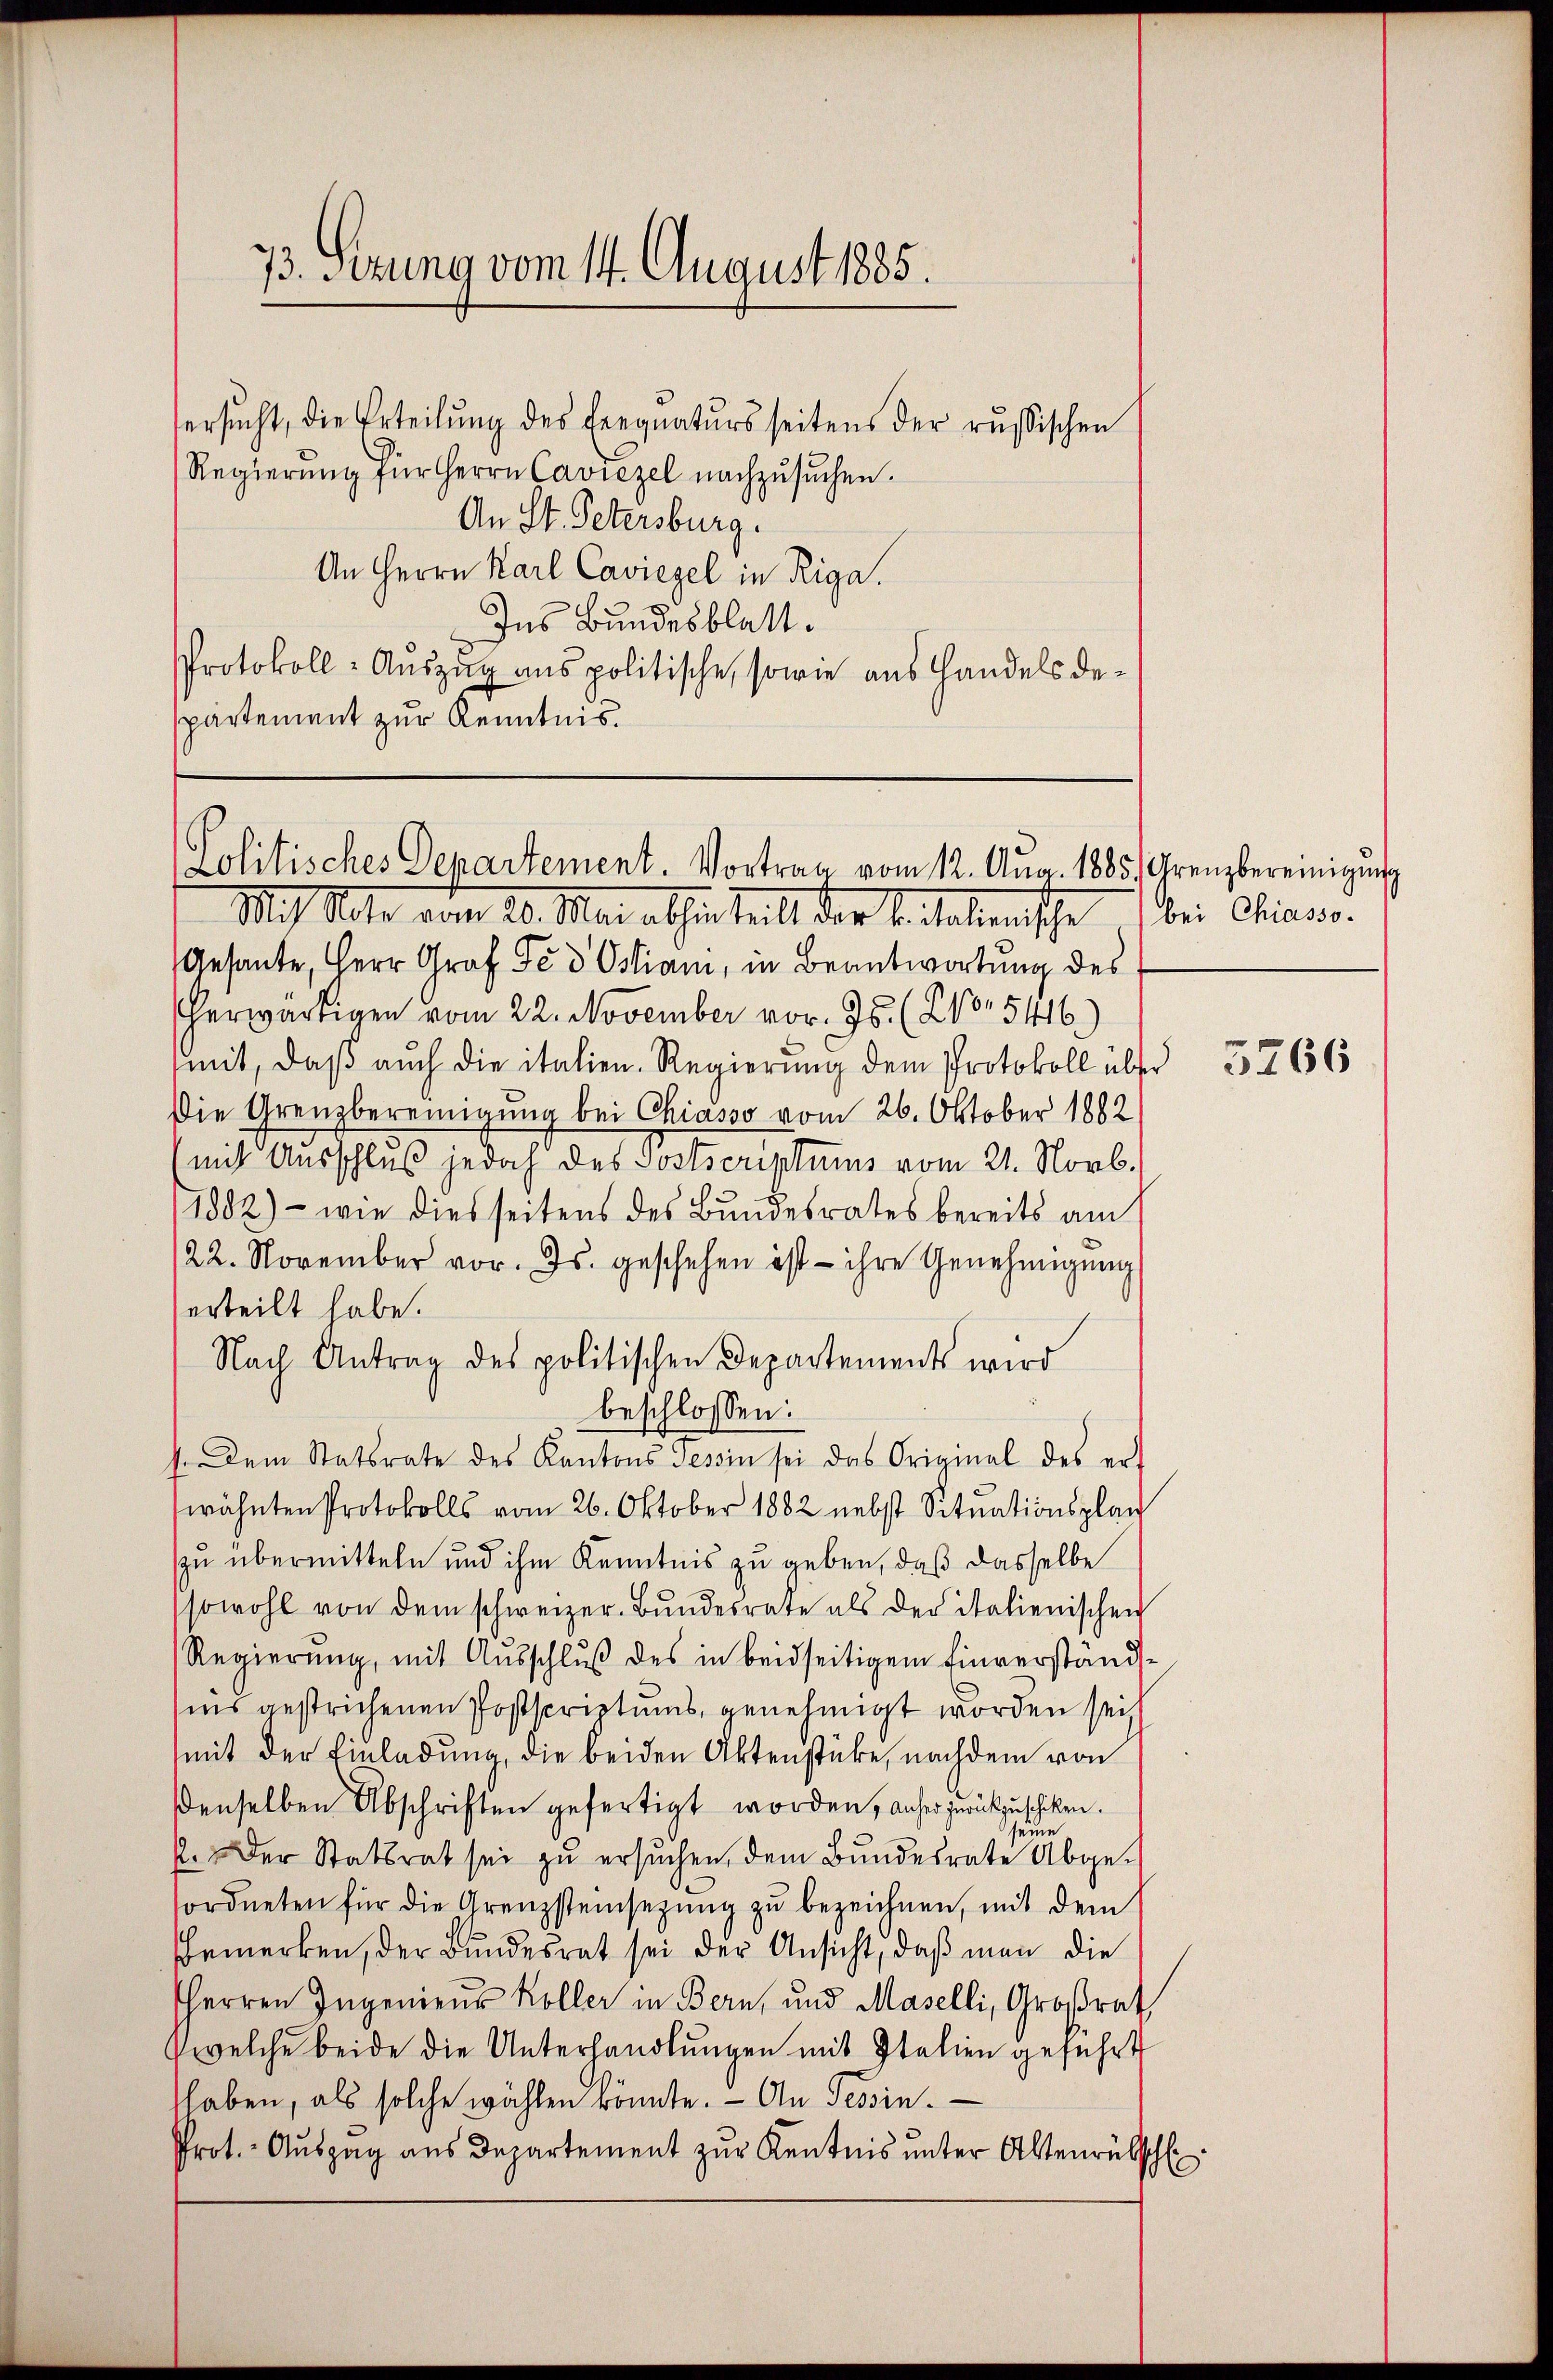
ersŭcht, die Erteilŭng des Eregnaturs seitens der russischen
Regierŭng für Herrn Caviezel nachzusuchen.
An St. Petersburg.
An Herrn Karl Caviezel in Riga.
Ins Bundesblatt.
Protokoll-Auszug aus politische, sowie aus Handels despartement zur Kenntnis.

73. Sezung vom 14. August 1885.

Politisches Departement. Vortrag vom 12. Aug. 1885. Grenzbereinigung

Mch Note vom 20. Mai abhin teilt der k. Ralmische (bei Ciaus
Gesante, Herr Graf Fe d Ostiani, in Beantwortung des
herwärtigen vom 22. November vor. Js. (210. 5416)
mit, daβ aŭch die italien. Regierung dem Protokoll über
Die Grenzbereinigung bei Chiasso vom 26. Oktober 1882
(mit Ausschluß jedoch des Postscriptums vom 21. Novb.
1882) - wie dies seitens des Bundesrates bereits am
22. November vor. Js. geschehen ist ihre Genehmigŭng
erteilt habe.
Nach Antrag des politischen Departements wird
beschlossen:
1. Dem Statsrate des Kantons Tessin sei das Original des er-
wähnten Protokolls vom 26. Oktober 1882 nebst Situationsplan
zu übermitteln und ihm Kenntnis zu geben, daß dasselbe
sowohl von dem schweizer. Bŭndesrate als der italienischen
Regierung, mit Ausschluß des in beidseitigem Einverständins gestrichenen Postscriptums, genehmigt worden seit
mit der Einladung, die beiden Aktenstücke, nachdem von
denselben Abschriften gefertigt worden, anher zurückzuschiken.
2. Der Statsrat sei zu ersuchen, dem Bundesrate Abgeordneten für die Grenzsteinsetzung zu bezeichnen, mit dem
Bemerken, der Bundesrat sei der Ansicht, daß man die
HHerren Ingenieus Koller in Bern, und Maselli, Großrath
welche beide die Unterhandlungen mit Italien geführt
shaben, als solche wählen konnte. - An Tessin.
Prot. - Auszag aus Departement zur Kentnis unter Altenrübschl

3

5266